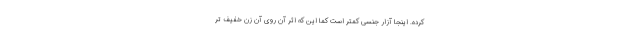
کرده. اینجا آزار جنسی کمتر است کما این که اثر آن روی آن زن خفیف تر